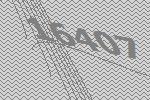
16407